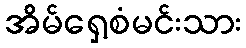
အိမ်ရှေ့စံမင်းသား